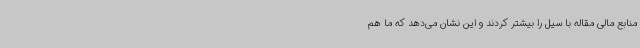
منابع مالی مقاله با سیل را بیشتر کردند و این نشان می‌دهد که ما هم